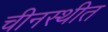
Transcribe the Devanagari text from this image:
चीनस्थीत